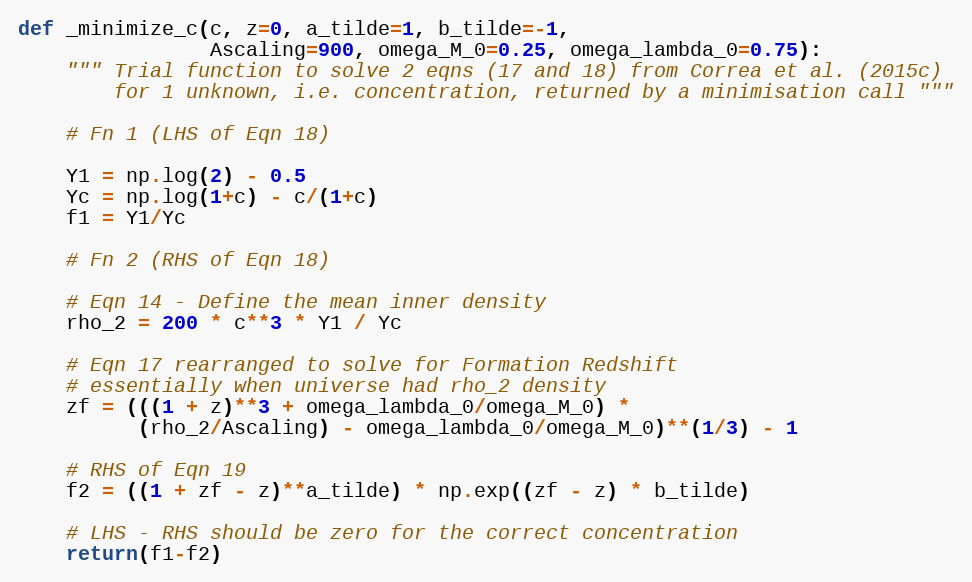
Language: Python
def _minimize_c(c, z=0, a_tilde=1, b_tilde=-1,
                Ascaling=900, omega_M_0=0.25, omega_lambda_0=0.75):
    """ Trial function to solve 2 eqns (17 and 18) from Correa et al. (2015c)
        for 1 unknown, i.e. concentration, returned by a minimisation call """

    # Fn 1 (LHS of Eqn 18)

    Y1 = np.log(2) - 0.5
    Yc = np.log(1+c) - c/(1+c)
    f1 = Y1/Yc

    # Fn 2 (RHS of Eqn 18)

    # Eqn 14 - Define the mean inner density
    rho_2 = 200 * c**3 * Y1 / Yc

    # Eqn 17 rearranged to solve for Formation Redshift
    # essentially when universe had rho_2 density
    zf = (((1 + z)**3 + omega_lambda_0/omega_M_0) *
          (rho_2/Ascaling) - omega_lambda_0/omega_M_0)**(1/3) - 1

    # RHS of Eqn 19
    f2 = ((1 + zf - z)**a_tilde) * np.exp((zf - z) * b_tilde)

    # LHS - RHS should be zero for the correct concentration
    return(f1-f2)